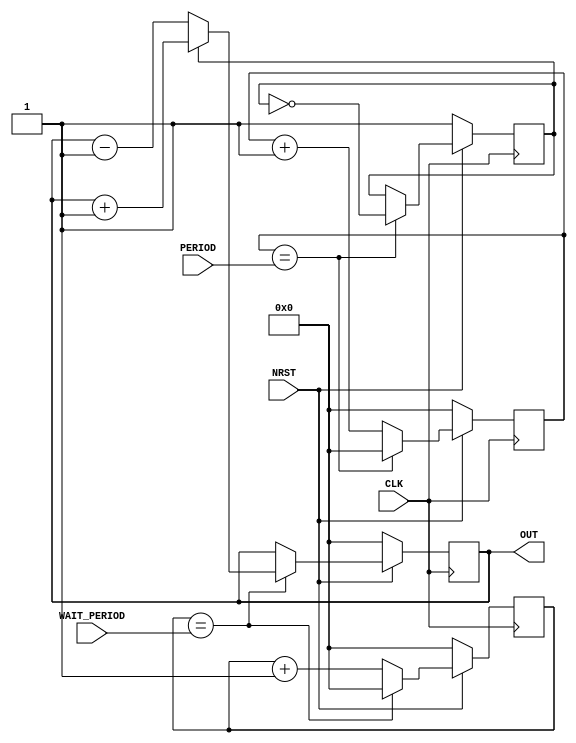
`default_nettype none
// MIT License
//
// Copyright (c) 2018 Kaizen Wolf
//
// Permission is hereby granted, free of charge, to any person obtaining a copy
// of this software and associated documentation files (the "Software"), to
// deal in the Software without restriction, including without limitation the
// rights to use, copy, modify, merge, publish, distribute, sublicense, and/or
// sell copies of the Software, and to permit persons to whom the Software is
// furnished to do so, subject to the following conditions:
//
// The above copyright notice and this permission notice shall be included in
// all copies or substantial portions of the Software.
//
// THE SOFTWARE IS PROVIDED "AS IS", WITHOUT WARRANTY OF ANY KIND, EXPRESS OR
// IMPLIED, INCLUDING BUT NOT LIMITED TO THE WARRANTIES OF MERCHANTABILITY,
// FITNESS FOR A PARTICULAR PURPOSE AND NONINFRINGEMENT. IN NO EVENT SHALL THE
// AUTHORS OR COPYRIGHT HOLDERS BE LIABLE FOR ANY CLAIM, DAMAGES OR OTHER
// LIABILITY, WHETHER IN AN ACTION OF CONTRACT, TORT OR OTHERWISE, ARISING
// FROM, OUT OF OR IN CONNECTION WITH THE SOFTWARE OR THE USE OR OTHER DEALINGS
// IN THE SOFTWARE.

module breath (
   input         CLK,
   input         NRST,
   input  [31:0] PERIOD,
   input  [31:0] WAIT_PERIOD,
   output [31:0] OUT
);

reg [31:0] counter;
always @(posedge CLK)
   if (~NRST) begin
      counter <= 0;
   end else begin
      if (counter == PERIOD) begin
         counter <= 0;
      end else begin
         counter <= counter + 1'b1;
      end
   end

reg breath_up;
always @(posedge CLK)
   if (~NRST) begin
      breath_up <= 1;
   end else begin
      if (counter == PERIOD) begin
         breath_up <= ~breath_up;
      end
   end

reg [31:0] wait_counter;
always @(posedge CLK)
   if (~NRST) begin
      wait_counter <= 0;
   end else begin
      if (wait_counter == WAIT_PERIOD) begin
         wait_counter <= 0;
      end else begin
         wait_counter <= wait_counter + 1'b1;
      end
   end

reg [31:0] out_reg;
always @(posedge CLK)
   if (~NRST) begin
      out_reg <= 0;
   end else begin
      if (wait_counter == WAIT_PERIOD) begin
         if (breath_up) begin
            out_reg <= out_reg + 1;
         end else begin
            out_reg <= out_reg - 1;
         end
      end
   end

assign OUT = out_reg;

endmodule // breath